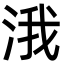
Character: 涐